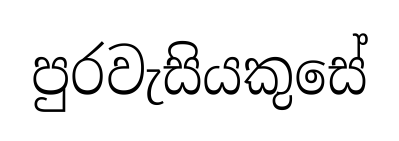
පුරවැසියකුසේ